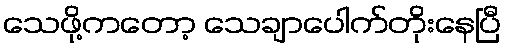
သေဖို့ကတော့ သေချာပေါက်တိုးနေပြီ